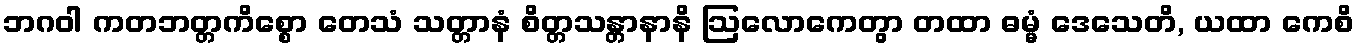
ဘဂဝါ ကတဘတ္တကိစ္စော တေသံ သတ္တာနံ စိတ္တသန္တာနာနိ ဩလောကေတွာ တထာ ဓမ္မံ ဒေသေတိ, ယထာ ကေစိ